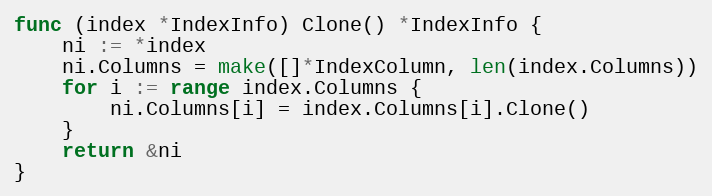
Language: Go
func (index *IndexInfo) Clone() *IndexInfo {
	ni := *index
	ni.Columns = make([]*IndexColumn, len(index.Columns))
	for i := range index.Columns {
		ni.Columns[i] = index.Columns[i].Clone()
	}
	return &ni
}